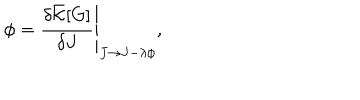
\phi = \left. \frac { \delta \bar { \cal K } [ G ] } { \delta J } \right| _ { J \rightarrow J - \lambda \phi } ,